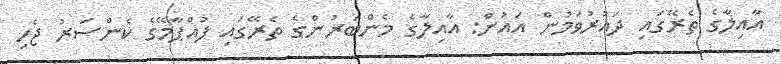
އާއިލާގެ ތެރޭގައި ދައުރުވަމުން އައުން: އާއިލާގެ މެންބަރުންގެ ތެރޭގައި ފުއްޕާމޭގެ ކެންސަރު ޖެހި